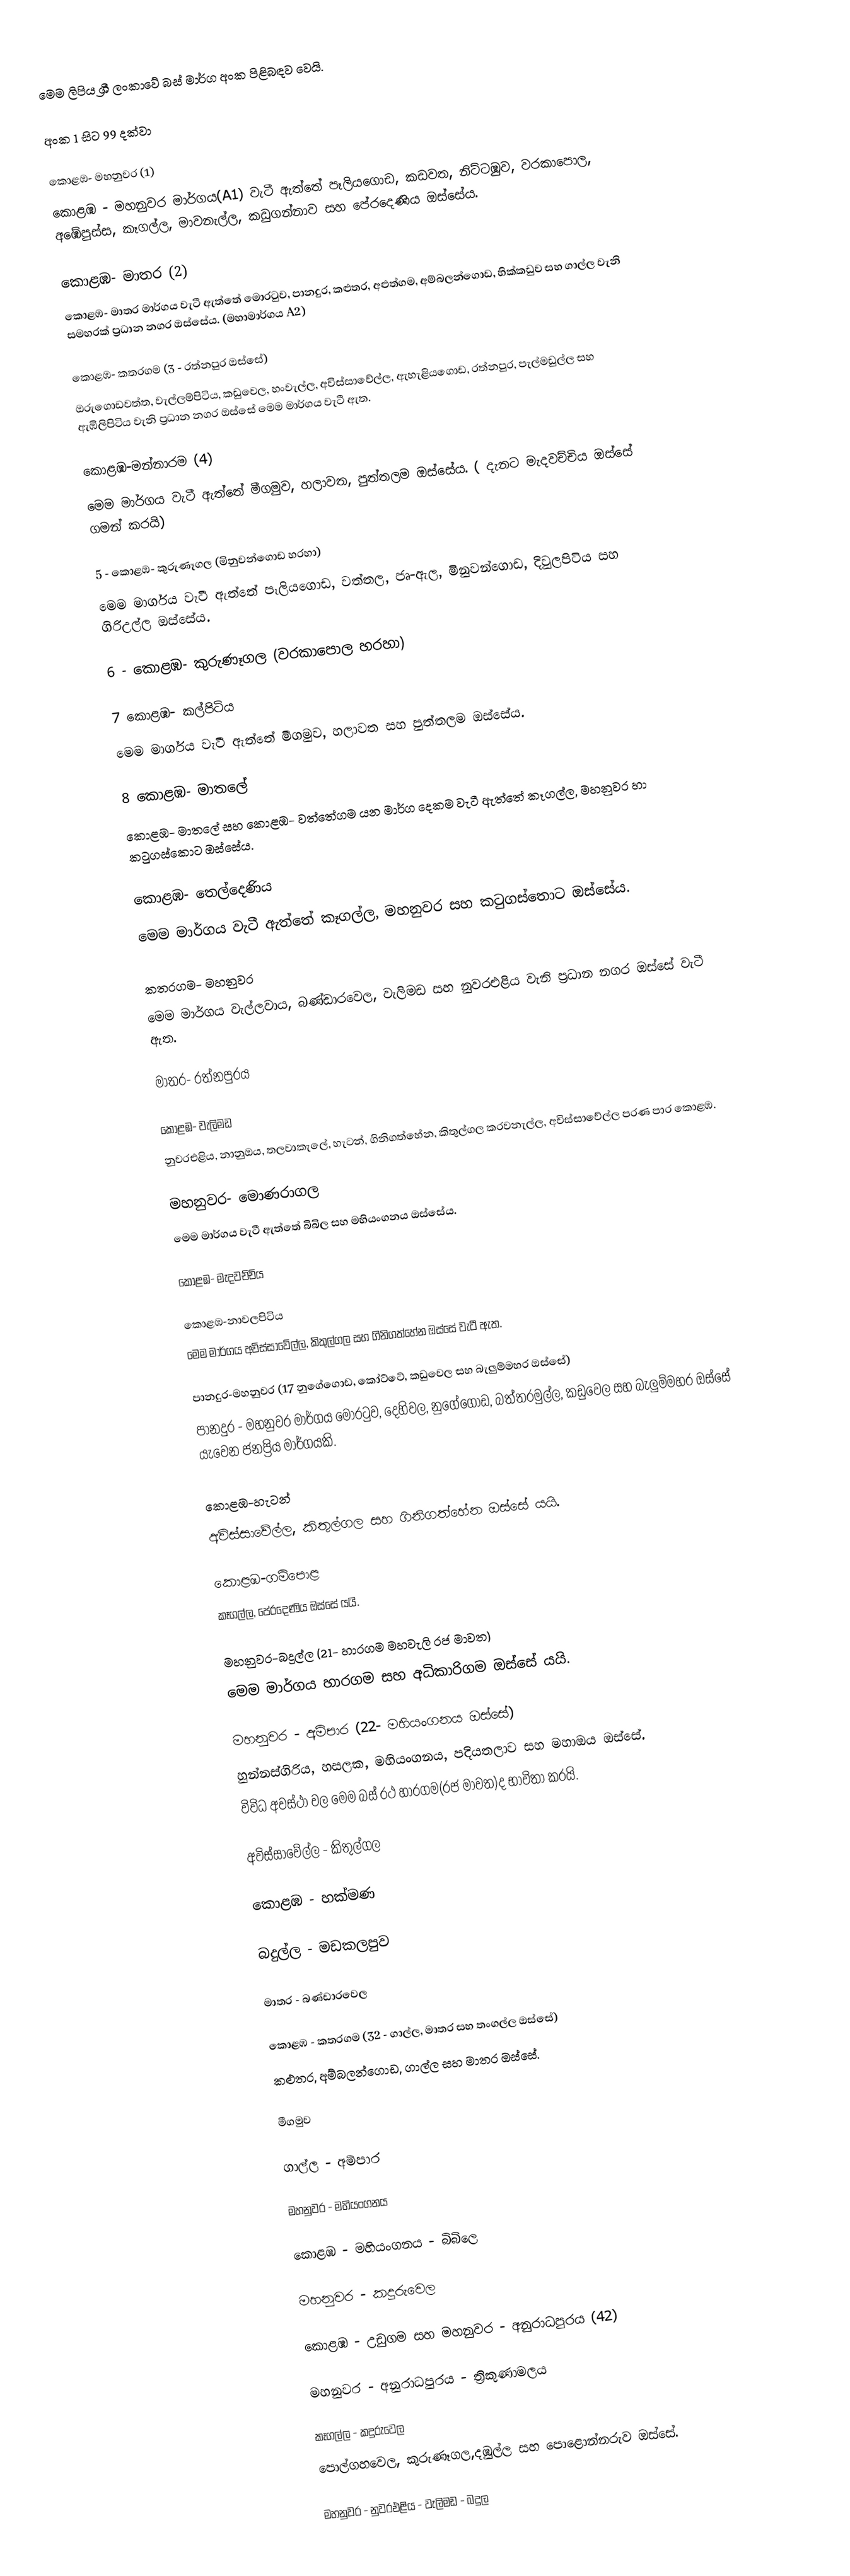
මෙම ලිපිය ශ්‍රී ලංකාවේ බස් මාර්ග අංක පිළිබඳව වෙයි.

අංක 1 සිට 99 දක්වා

කොළඹ- මහනුවර (1)
කොළඹ - මහනුවර මාර්ගය(A1) වැටී ඇත්තේ පෑලියගොඩ, කඩවත, නිට්ටඹුව, වරකාපොල, අඹේපුස්ස, කෑගල්ල, මාවනැල්ල, කඩුගන්නාව සහ පේරදෙණිය ඔස්සේය.

කොළඹ- මාතර (2)
කොළඹ- මාතර මාර්ගය වැටී ඇත්තේ මොරටුව, පානදුර, කළුතර, අළුත්ගම, අම්බලන්ගොඩ, හික්කඩුව සහ ගාල්ල වැනි සමහරක් ප්‍රධාන නගර ඔස්සේය. (මහාමාර්ගය A2)

කොළඹ- කතරගම (3 - රත්නපුර ඔස්සේ)
ඔරුගොඩවත්ත, වැල්ලම්පිටිය, කඩුවෙල, හංවැල්ල, අවිස්සාවේල්ල, ඇහැළියගොඩ, රත්නපුර, පැල්මඩුල්ල සහ ඇඹිලිපිටිය වැනි ප්‍රධාන නගර ඔස්සේ මෙම මාර්ගය වැටී ඇත.

කොළඹ-මන්නාරම (4)
මෙම මාර්ගය වැටී ඇත්තේ මීගමුව, හලාවත, පුත්තලම ඔස්සේය. ( දැනට මැදවච්චිය ඔස්සේ ගමන් කරයි)

5 - කොළඹ- කුරුණෑගල (මිනුවන්ගොඩ හරහා)
මෙම මාර්ගය වැටී ඇත්තේ පෑලියගොඩ, වත්තල, ජෘ-ඇල, මිනුවන්ගොඩ, දිවුලපිටිය සහ ගිරිඋල්ල ඔස්සේය.

6 - කොළඹ- කුරුණෑගල (වරකාපොල හරහා)

7 කොළඹ- කල්පිටිය
මෙම මාර්ගය වැටී ඇත්තේ මීගමුව, හලාවත සහ පුත්තලම ඔස්සේය.

8 කොළඹ- මාතලේ
කොළඹ- මාතලේ සහ කොළඹ- වත්තේගම යන මාර්ග දෙකම වැටී ඇත්තේ කෑගල්ල, මහනුවර හා කටුගස්කොට ඔස්සේය.

කොළඹ- තෙල්දෙණිය
මෙම මාර්ගය වැටී ඇත්තේ කෑගල්ල, මහනුවර සහ කටුගස්තොට ඔස්සේය.

කතරගම- මහනුවර
මෙම මාර්ගය වැල්ලවාය, බණ්ඩාරවෙල, වැලිමඩ සහ නුවරඑළිය වැනි ප්‍රධාන නගර ඔස්සේ වැටී ඇත.

මාතර- රත්නපුරය

කොළඹ- වැලිමඩ
නුවරඑළිය, නානුඔය, තලවාකැලේ, හැටන්, ගිනිගත්හේන, කිතුල්ගල කරවනැල්ල, අවිස්සාවේල්ල පරණ පාර කොළඹ.

මහනුවර- මොණරාගල
මෙම මාර්ගය වැටී ඇත්තේ බිබිල සහ මහියංගනය ඔස්සේය.

කොළඹ- මැදවච්චිය

කොළඹ-නාවලපිටිය
මෙම මාර්ගය  අවිස්සාවේල්ල, කිතුල්ගල සහ ගිනිගත්හේන ඔස්සේ වැටී ඇත.

පානදුර-මහනුවර (17 නුගේගොඩ, කෝට්ටේ, කඩුවෙල සහ බැලුම්මහර ඔස්සේ)
පානදුර - මහනුවර මාර්ගය  මොරටුව, දෙහිවල, නුගේගොඩ, බත්තරමුල්ල, කඩුවෙල සහ  බැලුම්මහර ඔස්සේ යැවෙන ජනප්‍රිය මාර්ගයකි.

කොළඹ-හැටන්
අවිස්සාවේල්ල, කිතුල්ගල සහ ගිනිගත්හේන ඔස්සේ යයි.

කොළඹ-ගම්පොළ
කෑගල්ල, පේරදෙණිය ඔස්සේ යයි.

මහනුවර-බදුල්ල (21- හාරගම මහවැලි රජ මාවත)
මෙම මාර්ගය හාරගම සහ  අධිකාරිගම ඔස්සේ යයි.

මහනුවර - අම්පාර (22- මහියංගනය ඔස්සේ)
හුන්නස්ගිරිය, හසලක, මහියංගනය, පදියතලාව සහ  මහාඔය ඔස්සේ.
විවිධ අවස්ථා වල මෙම බස් රථ හාරගම(රජ මාවත)ද භාවිතා කරයි.

අවිස්සාවේල්ල - කිතුල්ගල

කොළඹ - හක්මණ

බදුල්ල - මඩකලපුව

මාතර - බණ්ඩාරවෙල

කොළඹ - කතරගම (32 - ගාල්ල, මාතර සහ තංගල්ල ඔස්සේ)
කළුතර, අම්බලන්ගොඩ, ගාල්ල සහ  මාතර ඔස්සේ.

මීගමුව

ගාල්ල - අම්පාර

මහනුවර - මහියංගනය

කොළඹ - මහියංගනය - බිබිලෙ

මහනුවර - කදුරුවෙල

කොළඹ - උඩුගම සහ මහනුවර	- අනුරාධපුරය	(42)

මහනුවර - අනුරාධපුරය  - ත්‍රිකුණාමලය

කෑගල්ල - කදුරුවෙල
පොල්ගහවෙල, කුරුණෑගල,දඹුල්ල සහ  පොළොන්නරුව ඔස්සේ.

මහනුවර - නුවරඑළිය - වැලිමඩ - බදුල